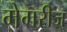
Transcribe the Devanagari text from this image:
मेमरीज्